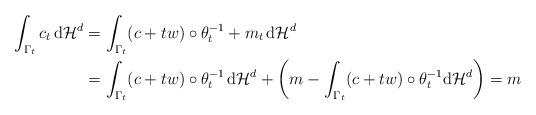
LaTeX: \begin{align*}\int_{\Gamma_t} c_t \, \mathrm{d}\mathcal{H}^d&= \int_{\Gamma_t} (c+tw) \circ \theta_t^{-1} + m_t \, \mathrm{d}\mathcal{H}^d \\&= \int_{\Gamma_t} (c+tw) \circ \theta_t^{-1} \, \mathrm{d}\mathcal{H}^d + \left( m - \int_{\Gamma_t} (c+tw) \circ \theta_t^{-1} \mathrm{d}\mathcal{H}^d \right) = m\end{align*}